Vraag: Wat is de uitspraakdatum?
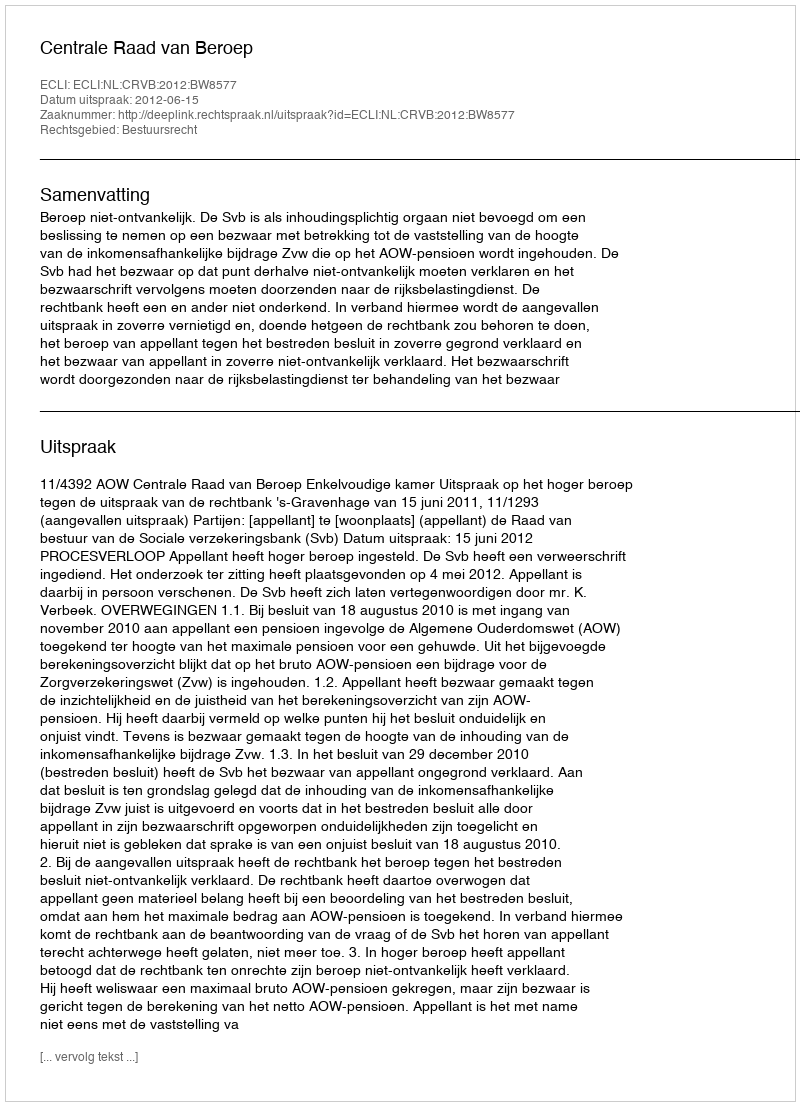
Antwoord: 2012-06-15